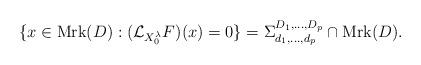
LaTeX: \begin{align*}\{x\in\operatorname{Mrk}(D) : (\mathcal{L}_{X_{0}^{\lambda}}F)(x)=0\}=\Sigma^{D_1,\dots,D_p}_{d_1,\dots,d_p}\cap \operatorname{Mrk}(D).\end{align*}